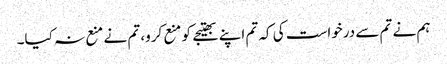
ہم نے تم سے درخواست کی کہ تم اپنے بھتیجے کو منع کرو، تم نے منع نہ کیا۔